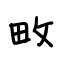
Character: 畋